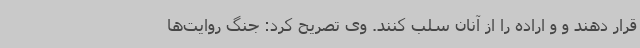
قرار دهند و و اراده را از آنان سلب کنند. وی تصریح کرد: جنگ روایت‌ها